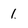
Character: 1